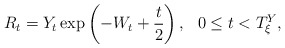
\begin{align*}R_{t}=Y_{t}\exp \left( -W_{t}+\frac{t}{2}\right) ,\ \ 0\leq t<T_{\xi }^{Y},\end{align*}